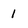
Character: I